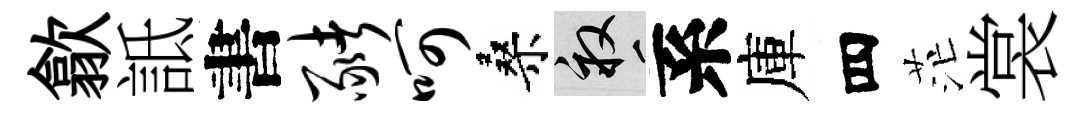
歙詆書猪呵桑畝系庫四茫裳